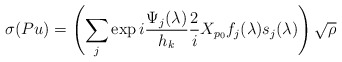
\begin{align*} \sigma(Pu) = \left( \sum_j \exp i\frac{\Psi_j(\lambda)}{h_k} \frac{2}{i}X_{p_0}f_j(\lambda) s_j(\lambda) \right)\sqrt{\rho}\end{align*}